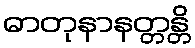
ဓာတုနာနတ္တန္တိ